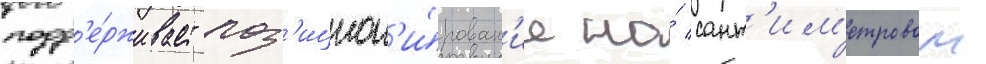
подд'е́рживает поз'ицион'и́рован'ие на́ сант'им'етровом